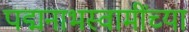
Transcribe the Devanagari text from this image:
पद्मनाभस्वामींच्या